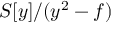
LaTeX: S [ y ] / ( y ^ { 2 } - f )